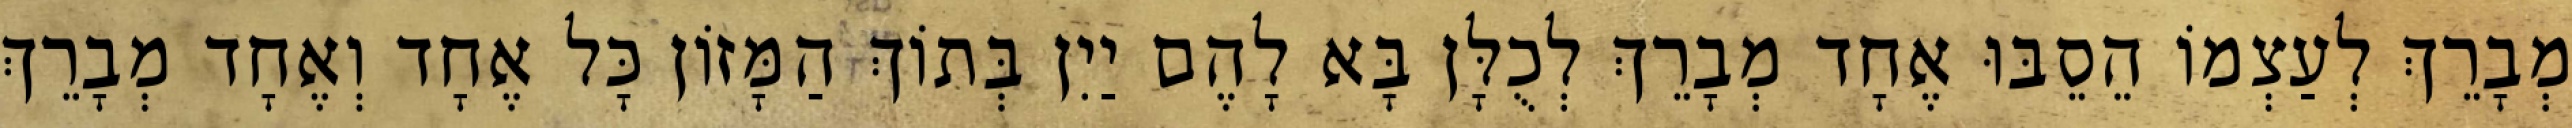
מְבָרֵךְ לְעַצְמוֹ הֵסֵבּוּ אֶחָד מְבָרֵךְ לְכֻלָּן בָּא לָהֶם יַיִן בְּתוֹךְ הַמָּזוֹן כָּל אֶחָד וְאֶחָד מְבָרֵךְ